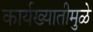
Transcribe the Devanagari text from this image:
कार्यख्यातीमुळे